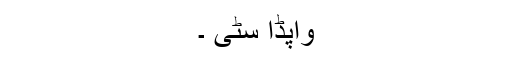
واپڈا سٹی ۔